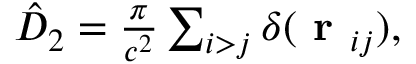
\begin{array} { r } { \hat { D } _ { 2 } = \frac { \pi } { c ^ { 2 } } \sum _ { i > j } \delta ( \textbf { r } _ { i j } ) , } \end{array}